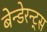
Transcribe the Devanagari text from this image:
बेन्डेरन्ट्स